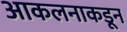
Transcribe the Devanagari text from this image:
आकलनाकडून